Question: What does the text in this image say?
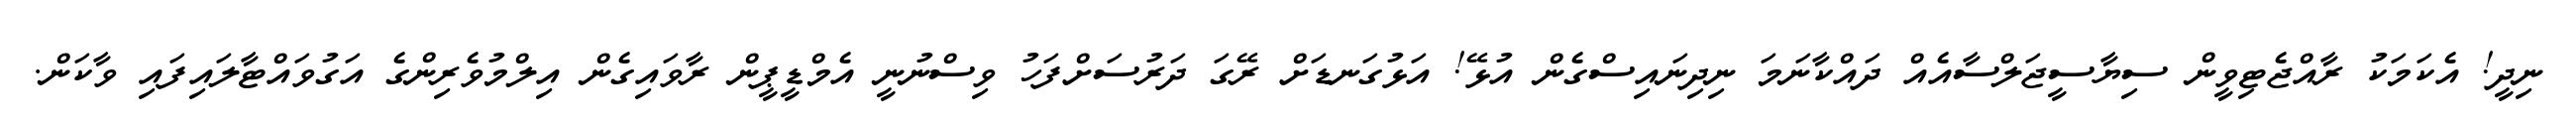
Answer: ނިދީ! އެކަމަކު ރާއްޖެޓިވީން ސިޔާސީޖަލްސާއެއް ދައްކާނަމަ ނިދިނައިސްގެން އުޅޭ! އަޅުގަނޑަށް ރޭގަ ދަރުސަށްފަހު ވިސްނުނީ އެމްޑީޕީން ރާވައިގެން އިލްމުވެރިންގެ އަގުވައްޓާލައިފައި ވާކަން.